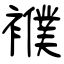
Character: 襥